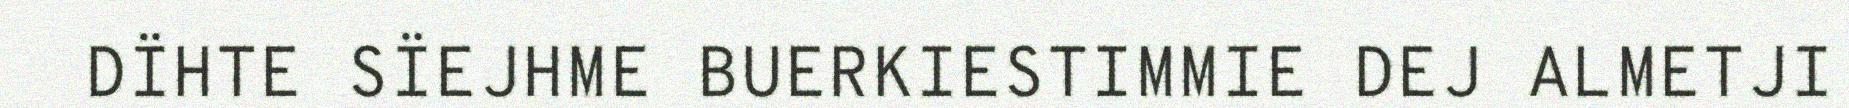
DÏHTE SÏEJHME BUERKIESTIMMIE DEJ ALMETJI